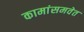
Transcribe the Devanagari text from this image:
कामांसमवेत